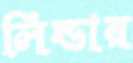
লিন্ডার